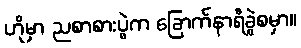
ဟိုမှာ ညစာစားပွဲက ခြောက်နာရီခွဲစမှာ။